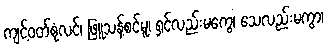
ကျင့်ဝတ်စုံလင်၊ ဖြူသန့်စင်မူ၊ ရှင်လည်းမကွေ၊ သေလည်းမကွာ၊